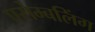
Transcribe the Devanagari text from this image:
एसेम्बलिंग